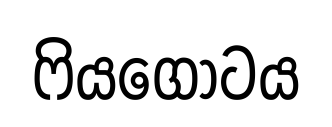
ෆියගෝටය